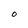
Character: O